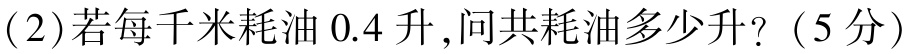
(2)若每千米耗油$0.4$升,问共耗油多少升?（5分）